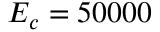
E _ { c } = 5 0 0 0 0